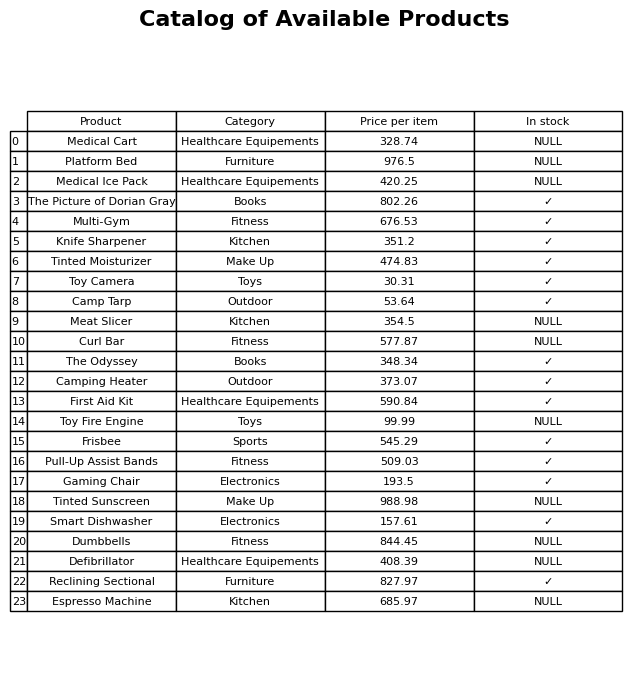
question: What is the price for Frisbee?
answer: The price of Frisbee is 545.29.